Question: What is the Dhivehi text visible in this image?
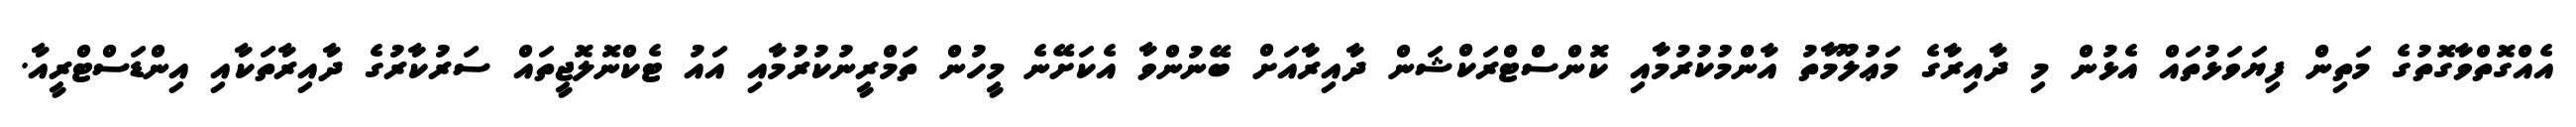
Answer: އެއްގޮތްވާގޮތުގެ މަތިން ފިޔަވަޅުތައް އެޅުން މި ދާއިރާގެ މަޢުލޫމާތު އާންމުކުރުމާއި ކޮންސްޓްރަކްޝަން ދާއިރާއަށް ބޭނުންވާ އެކަށޭނެ މީހުން ތަމްރީނުކުރުމާއި އައު ޓެކްނޮލޮޖީތައް ސަރުކާރުގެ ދާއިރާތަކާއި އިންޑަސްޓްރީއާ.